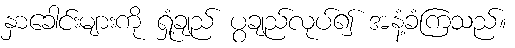
နှာခေါင်းများကို ရှုံ့ချည် ပွချည်လုပ်၍ အနံ့ခံကြသည်။